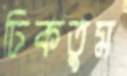
ঢিকতুম